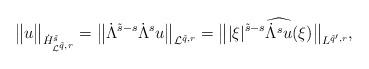
LaTeX: \begin{align*}\big\|u\big\|_{\dot{H}^{\tilde s}_{\mathcal{L}^{\tilde q, r}}} = \big\|\dot{\Lambda}^{\tilde s-s}\dot{\Lambda}^su\big\|_{\mathcal{L}^{\tilde{q},r}} = \big\| |\xi|^{\tilde s-s}\widehat{\dot{\Lambda}^su}(\xi)\big\|_{L^{\tilde{q}',r}},\end{align*}